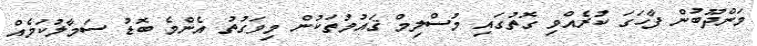
މަންދޫބުން ފާހަގަ ކުރެއްވި ގޮތުގައި މުސްލިމް ޤައުމުތަކުން މިވަގުތު އެންމެ ބޮޑު ސަމާލުކަމެއް